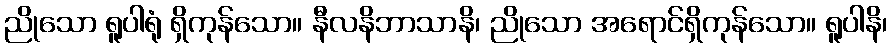
ညိုသော ရူပါရုံ ရှိကုန်သော။ နီလနိဘာသာနိ၊ ညိုသော အရောင်ရှိကုန်သော။ ရူပါနိ၊